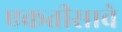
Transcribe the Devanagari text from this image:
एकतीसावे